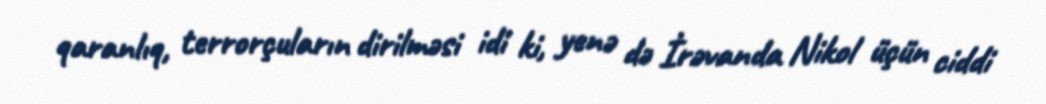
qaranlıq, terrorçuların dirilməsi idi ki, yenə də İrəvanda Nikol üçün ciddi